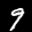
Label: 9